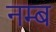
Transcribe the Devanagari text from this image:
नम्ब